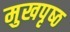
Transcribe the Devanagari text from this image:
मुखपृष्‍ठ